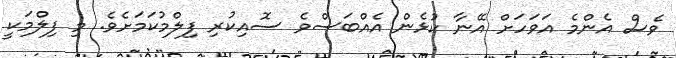
ވެސް އެންމެ އަވަހަށް އޭނާ ކުޅެން އެއްބަސްވެ ސޮއިކުރި ފިލްމުކަމަށެވެ. މި ފިލްމަކީ